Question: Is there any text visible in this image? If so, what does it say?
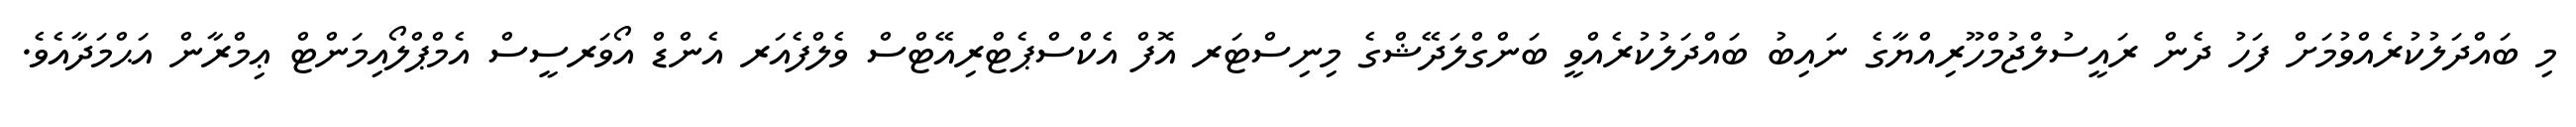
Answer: މި ބައްދަލުކުރެއްވުމަށް ފަހު ދެން ރައީސުލްޖުމްހޫރިއްޔާގެ ނައިބު ބައްދަލުކުރެއްވީ ބަންގްލަދޭޝްގެ މިނިސްޓަރ އޮފް އެކްސްޕެޓްރިއޭޓްސް ވެލްފެއަރ އެންޑް އޯވަރސީސް އެމްޕްލޯއިމަންޓް ޢިމްރާން އަޙްމަދާއެވެ.